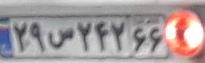
۲۹س۲۴۲۶۶